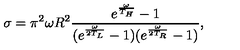
\sigma = \pi ^ { 2 } \omega R ^ { 2 } \frac { e ^ { \frac { \omega } { T _ { H } } } - 1 } { ( e ^ { \frac { \omega } { 2 T _ { L } } } - 1 ) ( e ^ { \frac { \omega } { 2 T _ { R } } } - 1 ) } ,